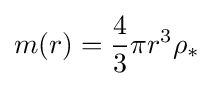
m(r)={\frac {4}{3}}\pi r^{3}\rho _{*}